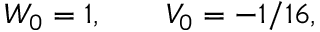
W _ { 0 } = 1 , \qquad V _ { 0 } = - 1 / 1 6 ,